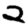
Digit: 2